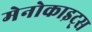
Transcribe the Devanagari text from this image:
मेनोकाइट्स